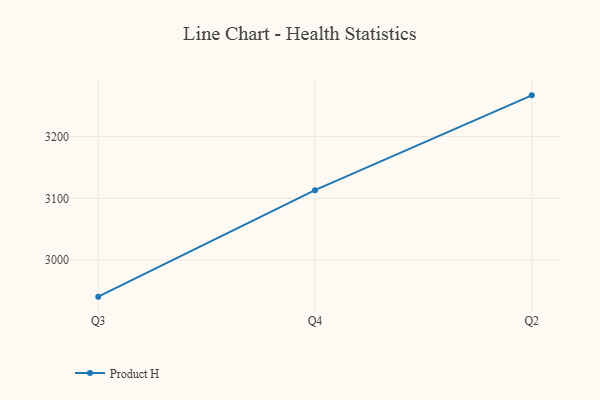
{"axis": {"x": "Quarter", "y": "Energy Usage (MWh)"}, "legend": ["Product H"], "data": [{"x": "Q3", "y": 2940.7, "type": "Product H"}, {"x": "Q4", "y": 3113.2, "type": "Product H"}, {"x": "Q2", "y": 3266.8, "type": "Product H"}]}